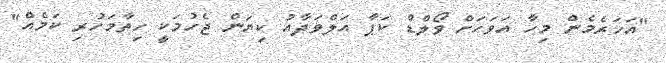
"އަހަރެމެން މިހާ އަވަހަށް ވޯލްޑް ކަޕާ އަލްވަދާއު ކިޔަން ޖެހުމަކީ ހިތާމަހުރި ކަމެއް"